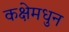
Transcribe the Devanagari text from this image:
कक्षेमधुन